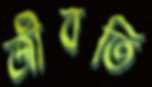
জীবতি